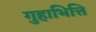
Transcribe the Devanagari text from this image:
गुहाभित्ति